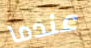
عندما